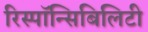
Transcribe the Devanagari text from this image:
रिस्पॉन्सिबिलिटी